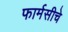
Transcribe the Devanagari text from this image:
फार्मसीचे